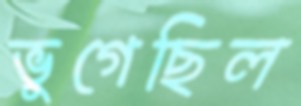
ভুগেছিল